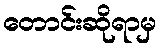
တောင်းဆိုရာမှ